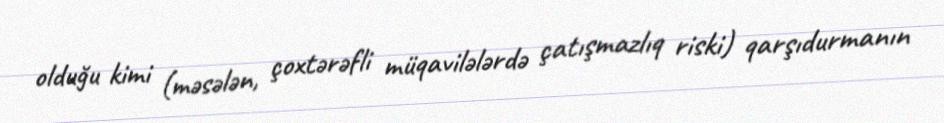
olduğu kimi (məsələn, çoxtərəfli müqavilələrdə çatışmazlıq riski) qarşıdurmanın